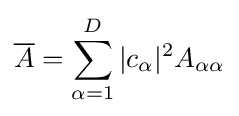
{\overline {A}}=\sum _{\alpha =1}^{D}|c_{\alpha }|^{2}A_{\alpha \alpha }